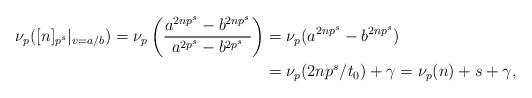
LaTeX: \begin{align*}\nu_p([n]_{p^s}|_{v=a/b})=\nu_p\left(\frac{a^{2np^s}-b^{2np^s}}{a^{2p^s}-b^{2p^s}}\right)&=\nu_p(a^{2np^s}-b^{2np^s}) \\&=\nu_p(2np^s/t_0)+\gamma = \nu_p (n) + s+\gamma,\end{align*}